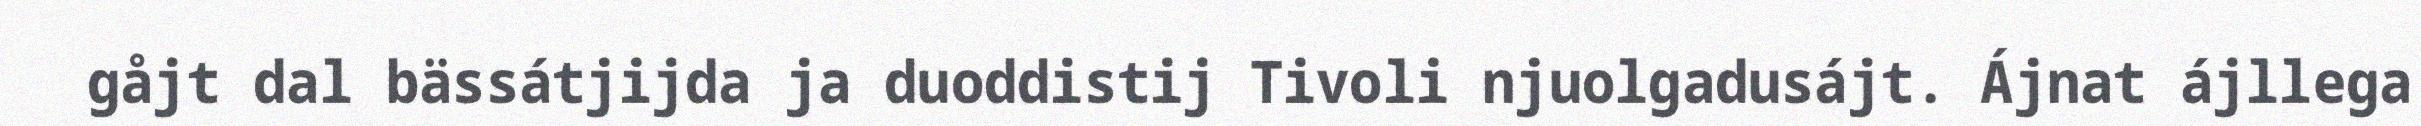
gåjt dal bässátjijda ja duoddistij Tivoli njuolgadusájt. Ájnat ájllega